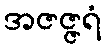
အဇဇ္ဇရံ